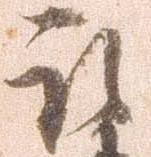
取